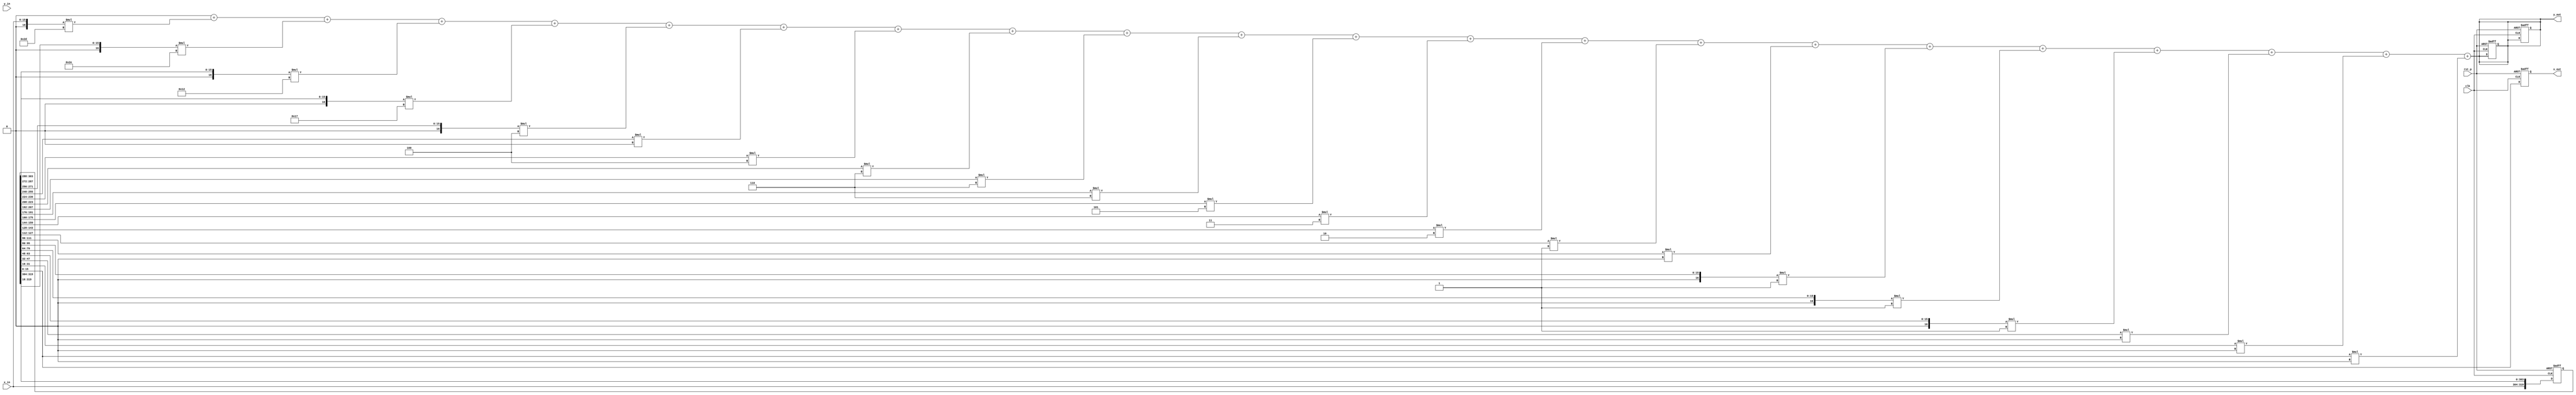
module Filter_block_3
#(
    parameter n = 21,
    parameter signed [0:8*n-1] coef = 
    {
    8'b11101101,
    8'b11101110,
    8'b11110010,
    8'b11110111,
    8'b11111100,
    8'b00000000,
    8'b00000100,
    8'b00000110,
    8'b00000110,
    8'b00000110,
    8'b00000101,
    8'b00000011,
    8'b00000010,
    8'b00000001,
    8'b00000000,
    8'b11111111,
    8'b11111111,
    8'b11111111,
    8'b00000000,
    8'b00000000,
    8'b00000000
    }
)

(
    input clk, 
    input rst_p, 
    input signed [15:0] x_in,
    input signed [15:0] y_in,
    output reg signed [15:0] x_out,
    output reg signed [15:0] y_out
);  
    
    reg signed [0:16*(n-1)-1] delay_x ;
    integer i, j, k;
    reg signed [15:0] sum;
    
    always @(posedge clk or posedge rst_p) begin
        if(rst_p) begin
            for(i=0; i<n-1; i=i+1) begin
                delay_x[16*i +: 16] <= 0;
            end
            sum <= 0; 
            x_out <= 0;
            y_out <= 0;
        end
        else begin
            delay_x[0:15] <= x_in;
            x_out <= delay_x[16*(n-2):16*(n-1)-1];
            for(j=1; j<n-1; j=j+1) begin
                delay_x[16*j +: 16] <= delay_x[16*(j-1) +: 16];
            end
        end
    end
    
    always @(x_in or delay_x) begin
        sum = 0;
        sum = sum + $signed({8'b0, x_in}) * $signed(coef[0:7]); // M rng s nguyn 8 bit thnh 32 bit trc khi cng
        for(k=0; k<n-1; k=k+1) begin
            sum = sum + ($signed({8'b0, delay_x[16*k +: 16]}) * $signed(coef[8*(k+1) +: 8])); // M rng s nguyn 8 bit thnh 32 bit trc khi cng
            // $display("x_in = %d", $signed(x_in));
            // $display("k = %d, delay_x = %d", k, $signed(delay_x[16*k +: 16]));  
            // $display("coef = %d", $signed(coef[8*k +:8]));  
            // $display("sum = %b", $signed(sum));
        end
    end
    
    always @(x_in) begin
        y_out <= sum;
    end

endmodule